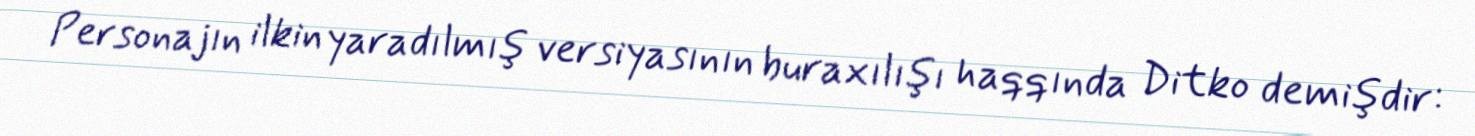
Personajın ilkin yaradılmış versiyasının buraxılışı haqqında Ditko demişdir: